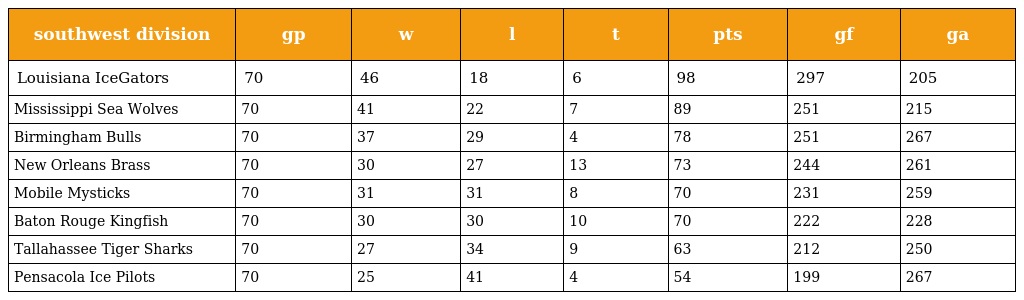
| southwest division | gp | w | l | t | pts | gf | ga |
 | --- | --- | --- | --- | --- | --- | --- | --- |
 | Louisiana IceGators | 70 | 46 | 18 | 6 | 98 | 297 | 205 |
 | Mississippi Sea Wolves | 70 | 41 | 22 | 7 | 89 | 251 | 215 |
 | Birmingham Bulls | 70 | 37 | 29 | 4 | 78 | 251 | 267 |
 | New Orleans Brass | 70 | 30 | 27 | 13 | 73 | 244 | 261 |
 | Mobile Mysticks | 70 | 31 | 31 | 8 | 70 | 231 | 259 |
 | Baton Rouge Kingfish | 70 | 30 | 30 | 10 | 70 | 222 | 228 |
 | Tallahassee Tiger Sharks | 70 | 27 | 34 | 9 | 63 | 212 | 250 |
 | Pensacola Ice Pilots | 70 | 25 | 41 | 4 | 54 | 199 | 267 |